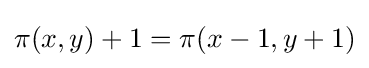
\pi (x,y)+1=\pi (x-1,y+1)